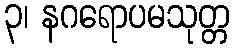
၃၊ နဂရောပမသုတ္တ